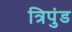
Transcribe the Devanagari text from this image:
त्रिपुंड